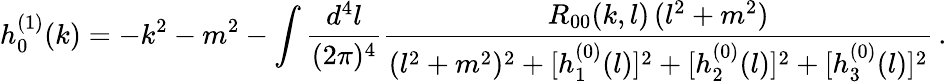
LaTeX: h_{0}^{(1)}(k)=-k^{2}-m^{2}-\int{\frac{d^{4}l}{(2\pi)^{4}}}{\frac{R_{00}(k,l)\, (l^{2}+m^{2})}{(l^{2}+m^{2})^{2}+[h_{1}^{(0)}(l)]^{2}+[h_{2}^{(0)}(l)]^{2}+[h_{3}^{(0)}(l)]^{2}}}\, .